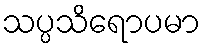
သပ္ပသိရောပမာ